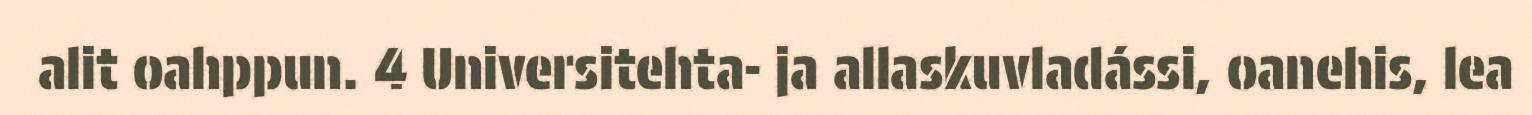
alit oahppun. 4 Universitehta- ja allaskuvladássi, oanehis, lea